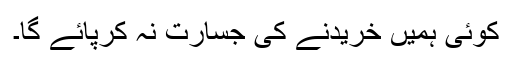
کوئی ہمیں خریدنے کی جسارت نہ کرپائے گا۔